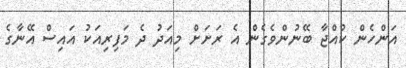
އަންހެން ކުއްޖާ ބޭނުންވެގެން އެ ރަށަށް މިއަދު ދެ މަފިރިއަކު އައިސް އޭނާގެ